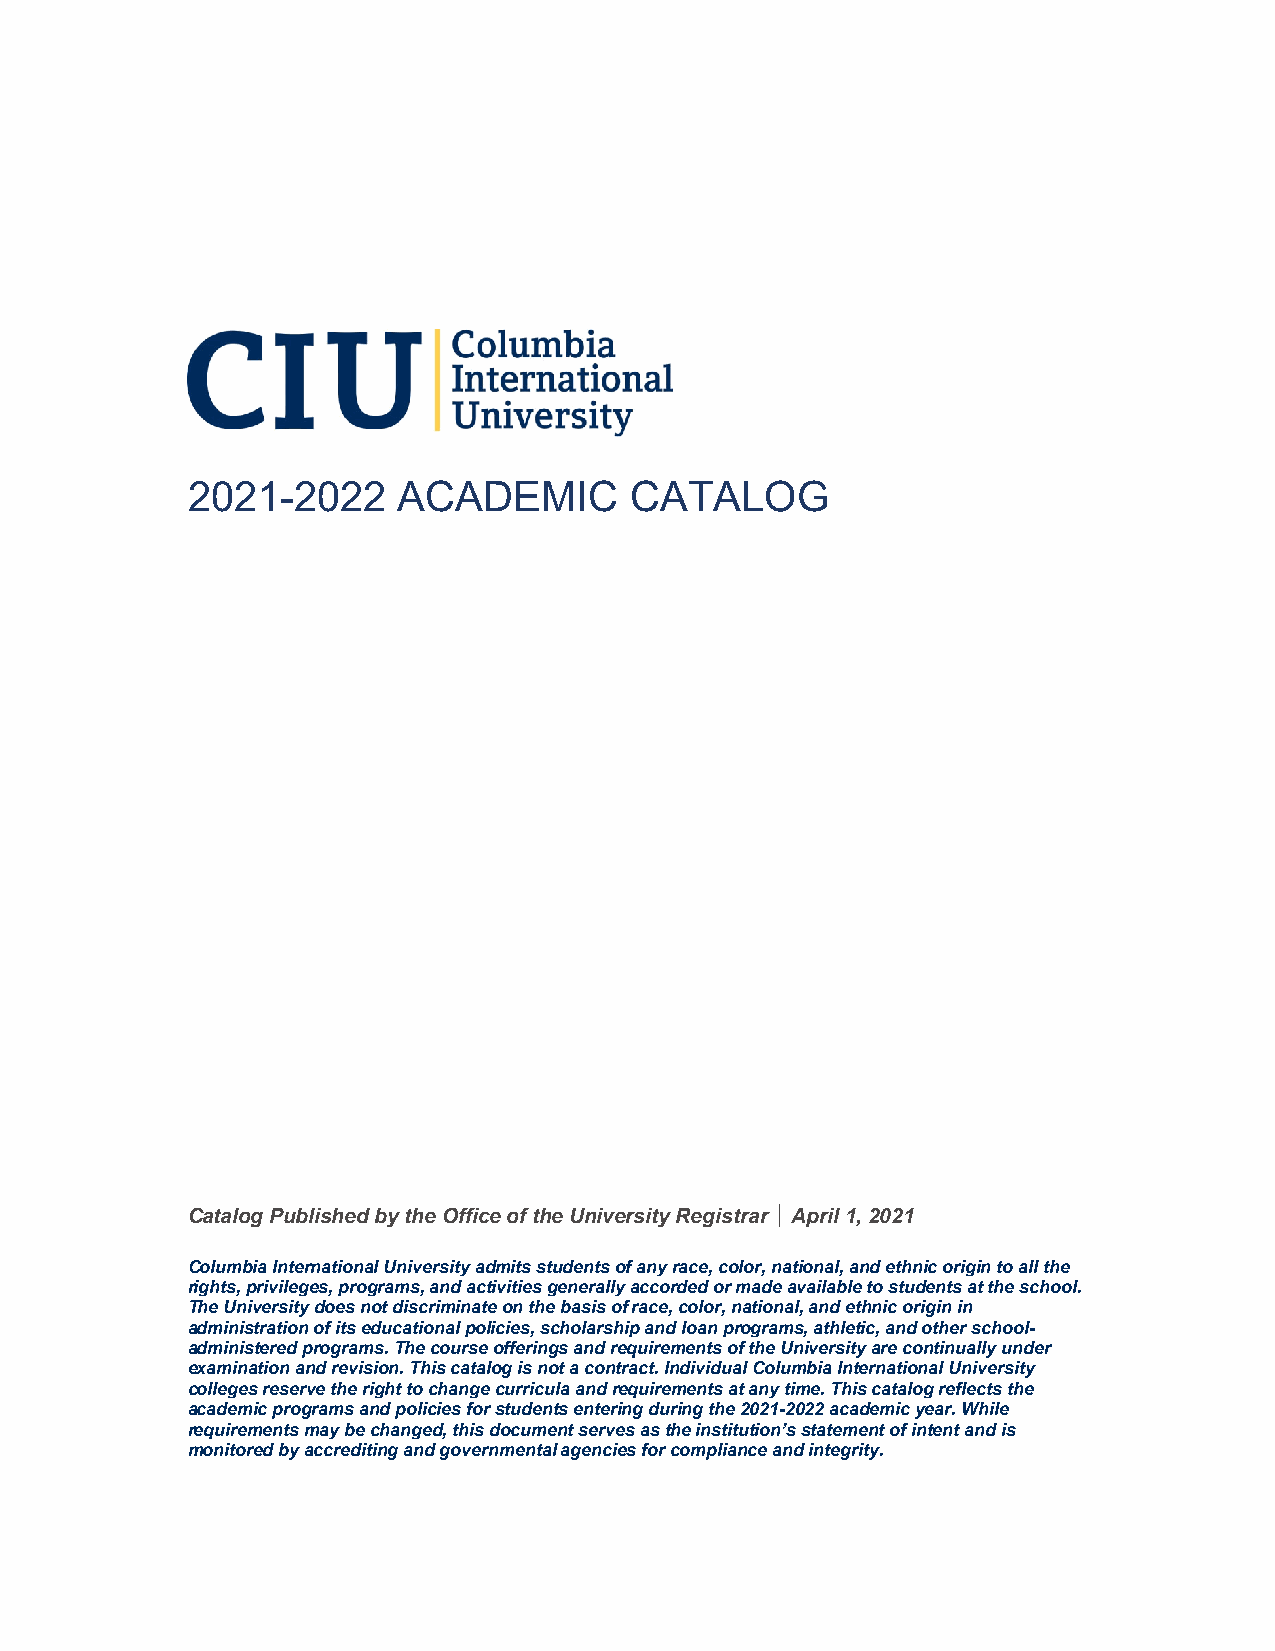
2021-2022     ACADEMIC        CATALOG
 Catalog Published by the Office of the University Registrar │ April 1, 2021
 Columbia International University admits students of any race, color, national, and ethnic origin to all the
 rights, privileges, programs, and activities generally accorded or made available to students at the school.
 The University does not discriminate on the basis of race, color, national, and ethnic origin in
 administration of its educational policies, scholarship and loan programs, athletic, and other school-
 administered programs. The course offerings and requirements of the University are continually under
 examination and revision. This catalog is not a contract. Individual Columbia International University
 colleges reserve the right to change curricula and requirements at any time. This catalog reflects the
 academic programs and policies for students entering during the 2021-2022 academic year. While
 requirements may be changed, this document serves as the institution’s statement of intent and is
 monitored by accrediting and governmental agencies for compliance and integrity.